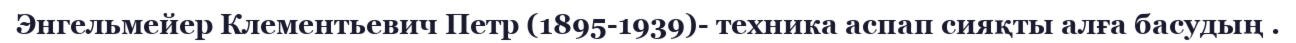
Энгельмейер Клементьевич Петр (1895-1939)- техника аспап сияқты алға басудың .